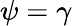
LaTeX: \psi=\gamma